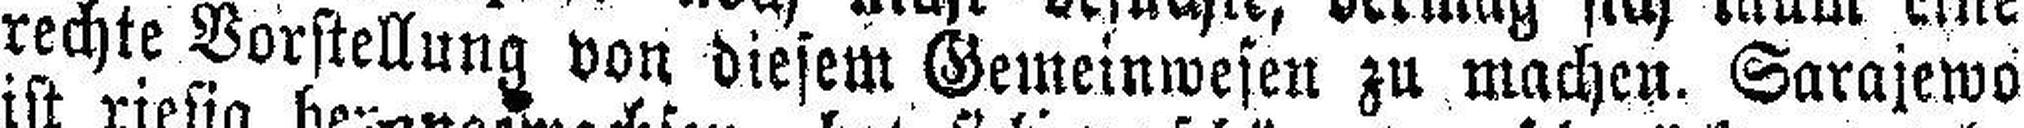
rechte Vorstellung von diesem Gemeinwesen zu machen. Sarajewo